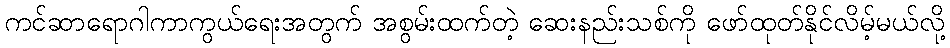
ကင်ဆာရောဂါကာကွယ်ရေးအတွက် အစွမ်းထက်တဲ့ ဆေးနည်းသစ်ကို ဖော်ထုတ်နိုင်လိမ့်မယ်လို့